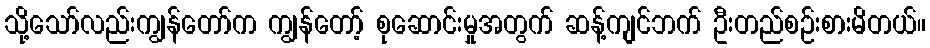
သို့သော်လည်းကျွန်တော်က ကျွန်တော့် စုဆောင်းမှုအတွက် ဆန့်ကျင်ဘက် ဦးတည်စဉ်းစားမိတယ်။